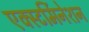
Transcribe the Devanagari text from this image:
एक्स्टर्मिनेशन